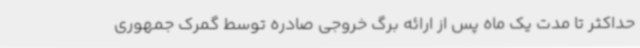
حداکثر تا مدت یک ماه پس از ارائه برگ خروجی صادره توسط گمرک جمهوری